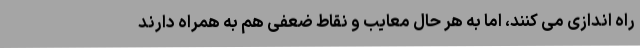
راه اندازی می کنند، اما به هر حال معایب و نقاط ضعفی هم به همراه دارند